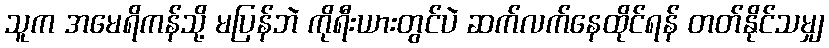
သူက အမေရိကန်သို့ မပြန်ဘဲ ကိုရီးယားတွင်ပဲ ဆက်လက်နေထိုင်ရန် တတ်နိုင်သမျှ